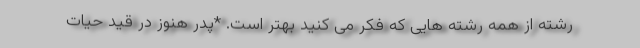
رشته از همه رشته هایی که فکر می کنید بهتر است. *پدر هنوز در قید حیات